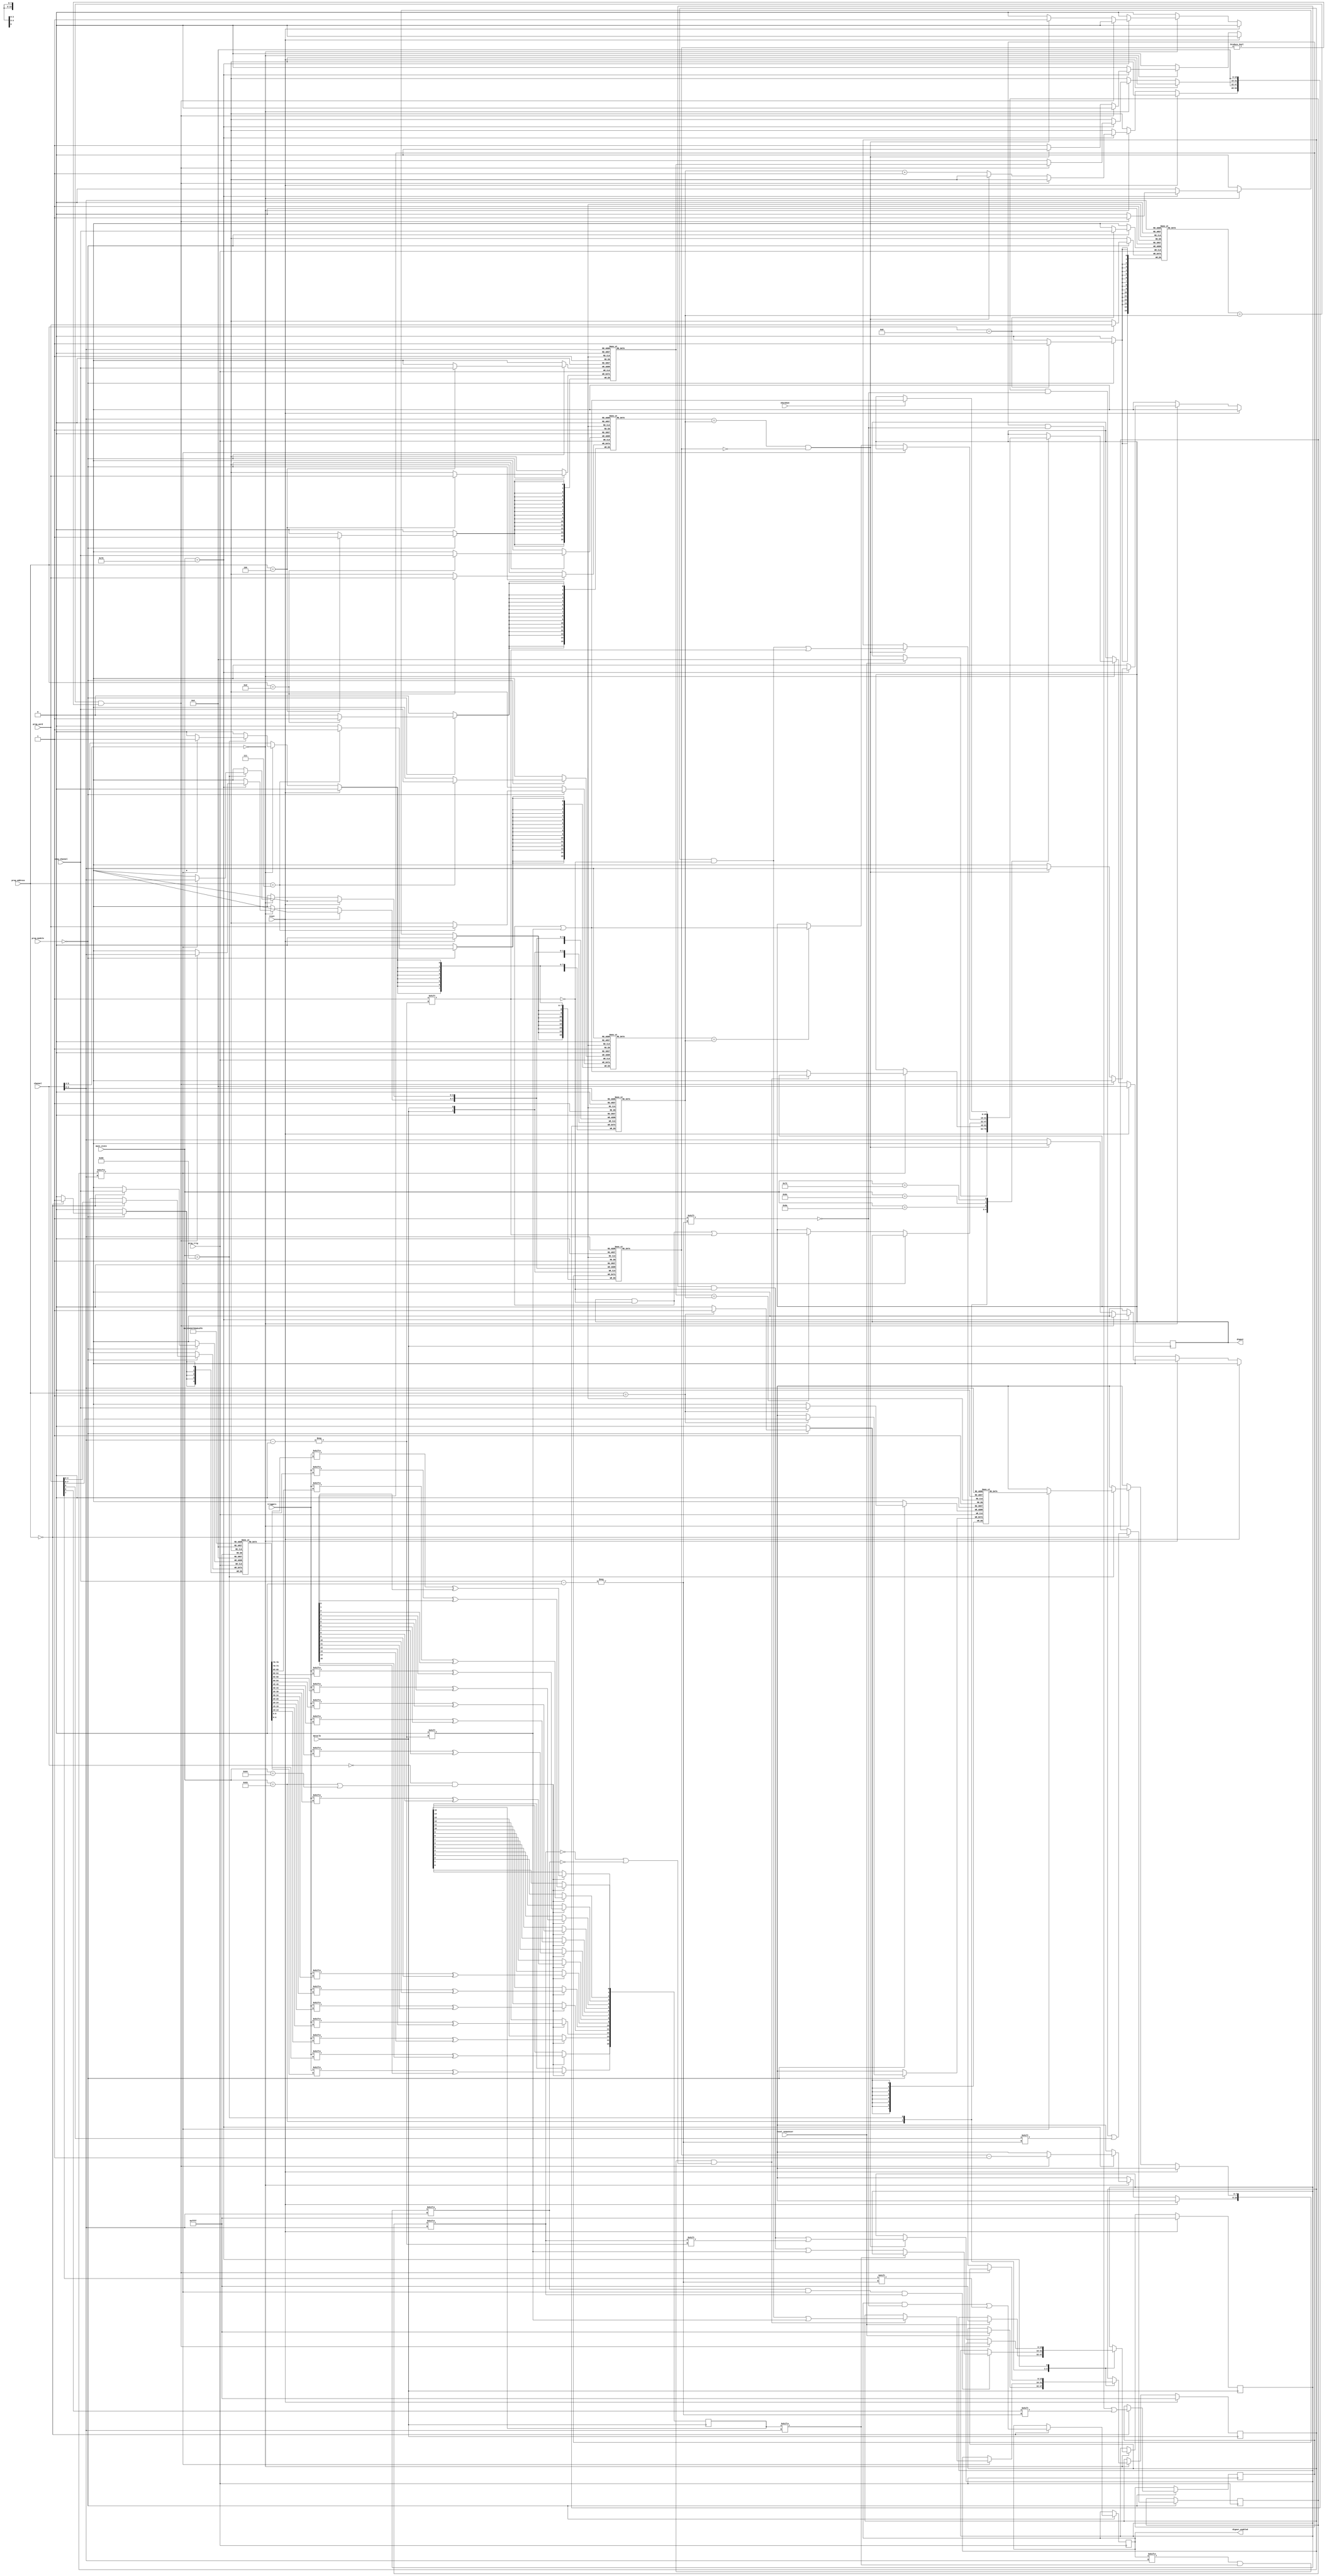
`timescale 1ns / 1ps
//////////////////////////////////////////////////////////////////////////////////
// Company: 		 Intan Technologies, LLC
// 
// Design Name: 	 RHS2000 Rhythm Stim Interface
// Module Name:    digout_sequencer 
// Project Name:   Opal Kelly FPGA/USB RHS2000 Interface
// Target Devices: 
// Tool versions: 
// Description:    Generate pulse control signals for 16 digital outputs.
//
// Dependencies: 
//
// Revision:       1.0 (26 October 2016)
// Revision 0.01 - File Created
// Additional Comments: 
//
//////////////////////////////////////////////////////////////////////////////////

module digout_sequencer #(
	parameter MODULE = 0
	)
	(
	input wire			reset,
	input wire			dataclk,
	input wire [31:0] main_state,
	input wire [5:0]	channel,
	input wire [3:0]  prog_channel,
	input wire [3:0]	prog_address,
	input wire [4:0]  prog_module,
	input wire [15:0] prog_word,
	input wire			prog_trig,
	input wire [31:0] triggers,
	output reg [15:0] digout,
	output wire [15:0] digout_enabled,
	input wire			shutdown,
	input wire			reset_sequencer
   );

	reg [15:0] counter[15:0];
	
	reg [4:0] trigger_source[15:0];
	reg [15:0] trigger_on_edge;
	reg [15:0] trigger_polarity;
	reg [15:0] trigger_enable;
	
	reg [7:0] number_of_stim_pulses[15:0];
	
	reg [15:0] waiting_for_trigger, waiting_for_edge;
	reg [7:0] stim_counter[15:0];
	
	reg [15:0] event_start_stim[15:0];
	reg [15:0] event_end_stim[15:0];
	reg [15:0] event_repeat_stim[15:0];
	reg [15:0] event_end[15:0];
	
	assign digout_enabled = trigger_enable;
	
	// Trigger selection
	reg [15:0] trigger_in;

	always @(posedge dataclk) begin
		if (channel == 0 && (main_state == 99 || main_state == 100)) begin
			trigger_in[0] <= triggers[trigger_source[0]] ^ trigger_polarity[0];
			trigger_in[1] <= triggers[trigger_source[1]] ^ trigger_polarity[1];
			trigger_in[2] <= triggers[trigger_source[2]] ^ trigger_polarity[2];
			trigger_in[3] <= triggers[trigger_source[3]] ^ trigger_polarity[3];
			trigger_in[4] <= triggers[trigger_source[4]] ^ trigger_polarity[4];
			trigger_in[5] <= triggers[trigger_source[5]] ^ trigger_polarity[5];
			trigger_in[6] <= triggers[trigger_source[6]] ^ trigger_polarity[6];
			trigger_in[7] <= triggers[trigger_source[7]] ^ trigger_polarity[7];
			trigger_in[8] <= triggers[trigger_source[8]] ^ trigger_polarity[8];
			trigger_in[9] <= triggers[trigger_source[9]] ^ trigger_polarity[9];
			trigger_in[10] <= triggers[trigger_source[10]] ^ trigger_polarity[10];
			trigger_in[11] <= triggers[trigger_source[11]] ^ trigger_polarity[11];
			trigger_in[12] <= triggers[trigger_source[12]] ^ trigger_polarity[12];
			trigger_in[13] <= triggers[trigger_source[13]] ^ trigger_polarity[13];
			trigger_in[14] <= triggers[trigger_source[14]] ^ trigger_polarity[14];
			trigger_in[15] <= triggers[trigger_source[15]] ^ trigger_polarity[15];
		end
	end
	
	// Register programming
	always @(posedge prog_trig) begin
		if (prog_module == MODULE) begin
			case (prog_address)
				0: begin
						trigger_source[prog_channel] <= prog_word[4:0];
						trigger_on_edge[prog_channel] <= prog_word[5];
						trigger_polarity[prog_channel] <= prog_word[6];
						trigger_enable[prog_channel] <= prog_word[7];
					end
				1: begin
						number_of_stim_pulses[prog_channel] <= prog_word[7:0];
					end
				4: event_start_stim[prog_channel] <= prog_word;
				7: event_end_stim[prog_channel] <= prog_word;
				8: event_repeat_stim[prog_channel] <= prog_word;
				13: event_end[prog_channel] <= prog_word;
			endcase
		end
	end
	
	wire [3:0] addr;
	assign addr = channel[3:0];
	
	// State machine for stim sequencing
	
	always @(posedge dataclk) begin
		if (reset) begin
			digout <= 16'b0;
			waiting_for_trigger <=16'hffff;
			waiting_for_edge <=16'hffff;
		end else begin
			if (channel[5:4] == 2'b00) begin // only for channel = 0-15
				case (main_state)
					99: begin
						if (reset_sequencer) begin
							digout <= 16'b0;
							waiting_for_trigger <=16'hffff;
							waiting_for_edge <=16'hffff;						
						end
					end
					102: begin
						if (waiting_for_edge[addr] && waiting_for_trigger[addr] && trigger_on_edge[addr]) begin
							if (~trigger_in[addr]) begin
								waiting_for_edge[addr] <= 1'b0;
							end
						end
						if (waiting_for_trigger[addr]) begin
							counter[addr] <= 16'b0;
							stim_counter[addr] <= number_of_stim_pulses[addr];
							if (trigger_enable[addr] && trigger_in[addr] && (~trigger_on_edge[addr] || ~waiting_for_edge[addr])) begin
								waiting_for_trigger[addr] <= 1'b0;
							end else begin
								digout[addr] <= 1'b0;
							end
						end
					end
					
					106: begin
						if (~waiting_for_trigger[addr]) begin
							if (event_start_stim[addr] == counter[addr]) begin
								digout[addr] <= 1'b1;
							end
						end
					end

					110: begin
						if (~waiting_for_trigger[addr]) begin
							if (event_end_stim[addr] == counter[addr]) begin
								digout[addr] <= 1'b0;
							end
						end
					end
					
					114: begin
						if (shutdown) begin
							digout[addr] <= 1'b0;
						end
					end
					
					118: begin
						if (event_repeat_stim[addr] == counter[addr] && stim_counter[addr] != 8'b0) begin
							counter[addr] <= event_start_stim[addr];
							stim_counter[addr] <= stim_counter[addr] - 1;
						end else if (event_end[addr] == counter[addr] && stim_counter[addr] == 8'b0) begin
							counter[addr] <= 16'b0;
							waiting_for_trigger[addr] <= 1'b1;
							waiting_for_edge[addr] <= trigger_on_edge[addr];
						end else begin
							counter[addr] <= counter[addr] + 1;
						end
					end
					default: begin
					
					end
				endcase
			end
		end
	end
	
endmodule